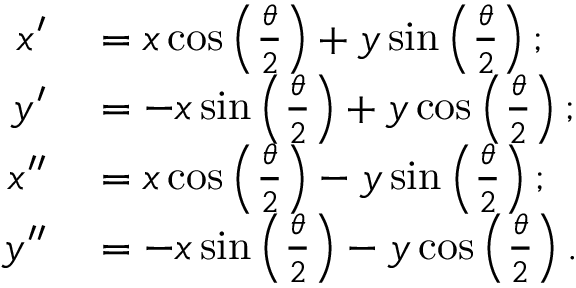
\begin{array} { r l } { x ^ { \prime } } & { { } = x \cos \left( \frac { \theta } { 2 } \right) + y \sin \left( \frac { \theta } { 2 } \right) ; } \\ { y ^ { \prime } } & { { } = - x \sin \left( \frac { \theta } { 2 } \right) + y \cos \left( \frac { \theta } { 2 } \right) ; } \\ { x ^ { \prime \prime } } & { { } = x \cos \left( \frac { \theta } { 2 } \right) - y \sin \left( \frac { \theta } { 2 } \right) ; } \\ { y ^ { \prime \prime } } & { { } = - x \sin \left( \frac { \theta } { 2 } \right) - y \cos \left( \frac { \theta } { 2 } \right) . } \end{array}